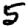
Digit: 5